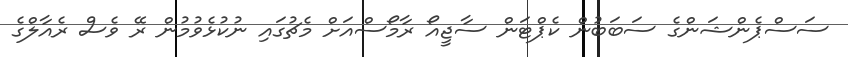
ސަސްޕެންޝަންގެ ސަބަބުން ކެޕްޓަން ސާޖީއޯ ރާމޯސްއަށް މެޗުގައި ނުކުޅެވުމުން ރޭ ވެސް ރެއާލްގެ